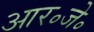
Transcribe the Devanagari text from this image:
आर॰जे॰